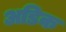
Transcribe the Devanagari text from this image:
अडिक